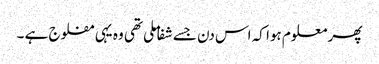
پھر معلوم ہوا کہ اس دن جسے شفا ملی تھی وہ یہی مفلوج ہے ۔